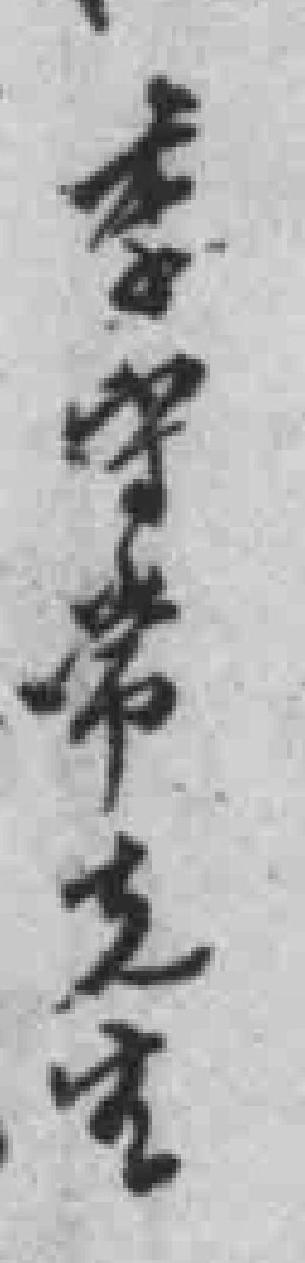
李守常先生